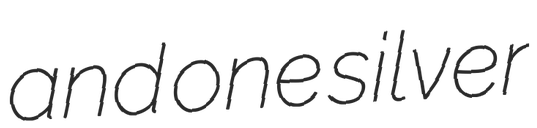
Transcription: and one silver